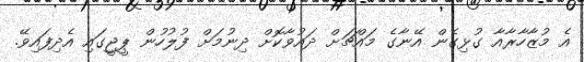
އެ މުޒާހާރާއާ ގުޅިގެން އޭނާގެ މައްޗަށް ދައުވާކޮށް ދިނުމަށް ފުލުހުން ޕީޖީގައި އެދިފައިވޭ.